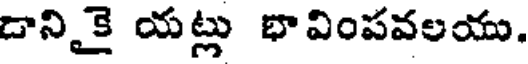
డానికై యట్లు భావింపవలయు.